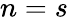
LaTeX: n=s